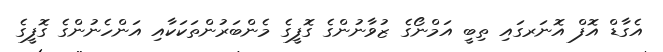
އެގާޑް އޮފް އޮނަރގައި ތިބީ އަމްނޯގެ ޒުވާނުންގެ ގޮފީގެ މެންބަރުންތަކަކާއި އަންހެނުންގެ ގޮފީގެ